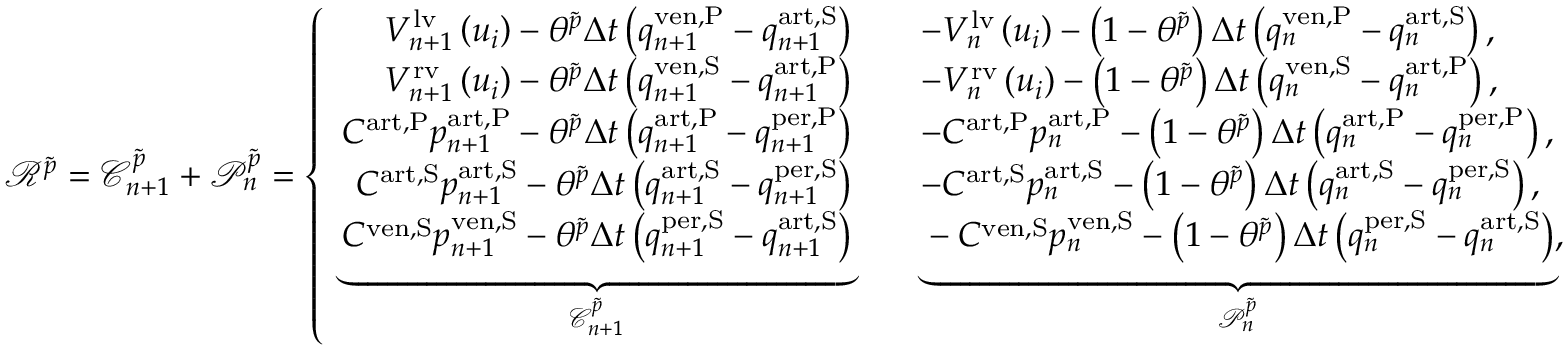
\begin{array} { r } { \mathscr { R } ^ { \tilde { p } } = \mathscr { C } _ { n + 1 } ^ { \tilde { p } } + \mathscr { P } _ { n } ^ { \tilde { p } } = \left\{ \begin{array} { r l } { V _ { n + 1 } ^ { \mathrm { l v } } \left( u _ { i } \right) - \theta ^ { \tilde { p } } \Delta t \left( q _ { n + 1 } ^ { \mathrm { { v e n , P } } } - q _ { n + 1 } ^ { \mathrm { a r t , S } } \right) \quad } & { - V _ { n } ^ { \mathrm { l v } } \left( u _ { i } \right) - \left( 1 - \theta ^ { \tilde { p } } \right) \Delta t \left( q _ { n } ^ { \mathrm { { v e n , P } } } - q _ { n } ^ { \mathrm { a r t , S } } \right) , } \\ { V _ { n + 1 } ^ { \mathrm { r v } } \left( u _ { i } \right) - \theta ^ { \tilde { p } } \Delta t \left( q _ { n + 1 } ^ { \mathrm { { v e n , S } } } - q _ { n + 1 } ^ { \mathrm { a r t , P } } \right) \quad } & { - V _ { n } ^ { \mathrm { r v } } \left( u _ { i } \right) - \left( 1 - \theta ^ { \tilde { p } } \right) \Delta t \left( q _ { n } ^ { \mathrm { { v e n , S } } } - q _ { n } ^ { \mathrm { a r t , P } } \right) , } \\ { C ^ { \mathrm { a r t , P } } p _ { n + 1 } ^ { \mathrm { a r t , P } } - \theta ^ { \tilde { p } } \Delta t \left( q _ { n + 1 } ^ { \mathrm { { a r t , P } } } - q _ { n + 1 } ^ { \mathrm { p e r , P } } \right) \quad } & { - C ^ { \mathrm { a r t , P } } p _ { n } ^ { \mathrm { a r t , P } } - \left( 1 - \theta ^ { \tilde { p } } \right) \Delta t \left( q _ { n } ^ { \mathrm { { a r t , P } } } - q _ { n } ^ { \mathrm { p e r , P } } \right) , } \\ { C ^ { \mathrm { a r t , S } } p _ { n + 1 } ^ { \mathrm { a r t , S } } - \theta ^ { \tilde { p } } \Delta t \left( q _ { n + 1 } ^ { \mathrm { { a r t , S } } } - q _ { n + 1 } ^ { \mathrm { p e r , S } } \right) \quad } & { - C ^ { \mathrm { a r t , S } } p _ { n } ^ { \mathrm { a r t , S } } - \left( 1 - \theta ^ { \tilde { p } } \right) \Delta t \left( q _ { n } ^ { \mathrm { { a r t , S } } } - q _ { n } ^ { \mathrm { p e r , S } } \right) , } \\ { \underbrace { C ^ { \mathrm { v e n , S } } p _ { n + 1 } ^ { \mathrm { v e n , S } } - \theta ^ { \tilde { p } } \Delta t \left( q _ { n + 1 } ^ { \mathrm { { p e r , S } } } - q _ { n + 1 } ^ { \mathrm { a r t , S } } \right) } _ { \mathscr { C } _ { n + 1 } ^ { \tilde { p } } } \quad } & { \underbrace { - C ^ { \mathrm { v e n , S } } p _ { n } ^ { \mathrm { v e n , S } } - \left( 1 - \theta ^ { \tilde { p } } \right) \Delta t \left( q _ { n } ^ { \mathrm { { p e r , S } } } - q _ { n } ^ { \mathrm { a r t , S } } \right) } _ { \mathscr { P } _ { n } ^ { \tilde { p } } } , } \end{array} \right. } \end{array}